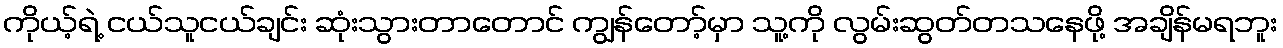
ကိုယ့်ရဲ့ ငယ်သူငယ်ချင်း ဆုံးသွားတာတောင် ကျွန်တော့်မှာ သူ့ကို လွမ်းဆွတ်တသနေဖို့ အချိန်မရဘူး